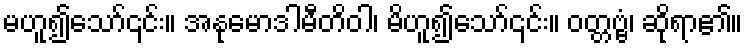
မဟူ၍သော်၎င်း။ အနုမောဒါမီတိဝါ၊ မိဟူ၍သော်၎င်း။ ဝတ္တဗ္ဗံ၊ ဆိုရာ၏။